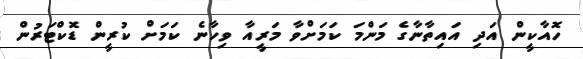
ހޮއާކީން އަދި އައިތާނާގެ މަންމަ ކަމަށްވާ މަރީއާ ވިހާނެ ކަމަށް ކުރީން ޑޮކްޓަރުން